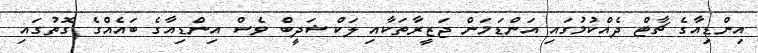
އިންޑިއާގެ ޗާޓް ދެއްކުމުގައި އަންޑަމަން ޖަޒީރާތަކާއި ލަކްޝަދީބް ވެސް އިންޑިއާގެ ބައެއްގެ ގޮތުގައި